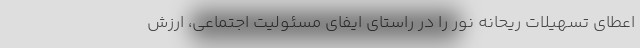
اعطای تسهیلات ریحانه نور را در راستای ایفای مسئولیت اجتماعی، ارزش